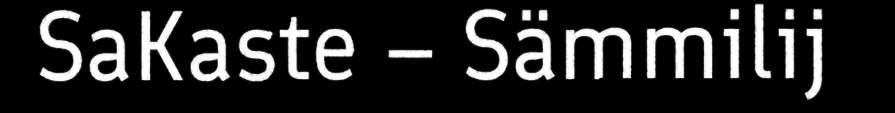
SaKaste – Sämmilij